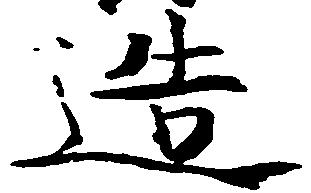
造